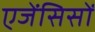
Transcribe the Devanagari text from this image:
एजेंसिसों